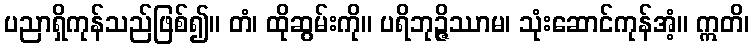
ပညာရှိကုန်သည်ဖြစ်၍။ တံ၊ ထိုဆွမ်းကို။ ပရိဘုဉ္ဇိဿာမ၊ သုံးဆောင်ကုန်အံ့။ ဣတိ၊